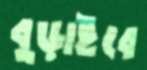
বুড়াইবে